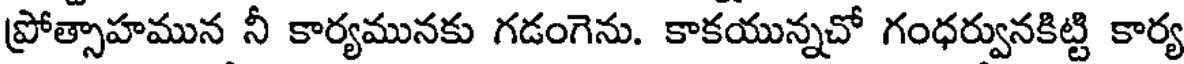
ప్రోత్సాహమున నీ కార్యమునకు గడంగెను. కాకయున్నచో గంధర్వునకిట్టి కార్య